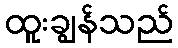
ထူးချွန်သည်